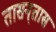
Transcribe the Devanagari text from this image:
तासन्‌तास